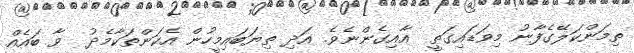
ތިމަންކަލޭގެފާނު މިވަޑައިގަތީ  އާއިގެންނެވެ. އަދި ތިޔަބައިމީހުން އެކަންތަކާމެދު  ވާ ބައެއް